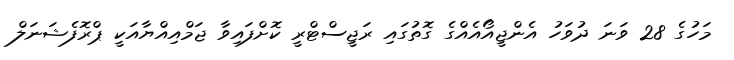
މަހުގެ 28 ވަނަ ދުވަހު އެންޖީއޯއެއްގެ ގޮތުގައި ރަޖީސްޓްރީ ކޮށްފައިވާ ޖަމްއިއްޔާއަކީ ޕްރޮފެޝަނަލް